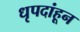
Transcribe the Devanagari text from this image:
धृपदांहून